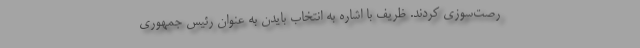
رصت‌سوزی کردند. ظریف با اشاره به انتخاب بایدن به عنوان رئیس جمهوری